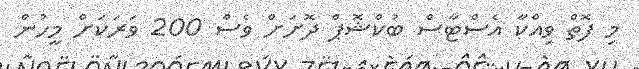
މި ފޮތް ވިއްކާ އެސްޓާސް ބުކްޝޮޕް ދޮށަށް ވެސް 200 ވަރަކަށް މީހުން